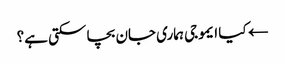
← کیا ایموجی ہماری جان بچا سکتی ہے؟